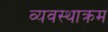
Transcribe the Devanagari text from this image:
व्यवस्थाक्रम